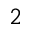
_ 2